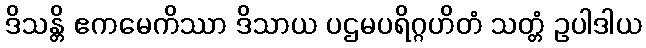
ဒိသန္တိ ဧကမေကိဿာ ဒိသာယ ပဌမပရိဂ္ဂဟိတံ သတ္တံ ဥပါဒါယ